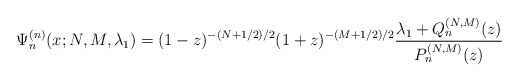
\begin{gather*} \Psi _{n}^{(n) }(x;N,M,\lambda _{1})=(1-z) ^{-( N+1/2) /2}(1+z) ^{-( M+1/2) /2}\frac{\lambda _{1}+Q_{n}^{(N,M) }(z) }{P_{n}^{(N,M) }(z) } \end{gather*}